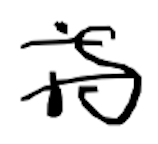
Text: is
Cross-out: double-line
Writing tool: digital_black